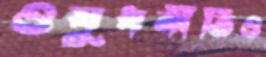
ওষুধনীতিও